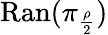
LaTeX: \mathrm{Ran}(\pi_{\frac{\rho}{2}})